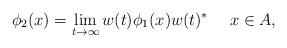
LaTeX: \begin{align*}\phi_2(x)=\lim_{t\to\infty} w(t)\phi_1(x)w(t)^*\quad~x\in A,\end{align*}